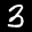
Label: 3